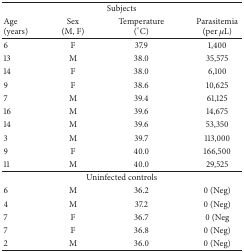
<table><thead><tr><td colspan="4"><b>Subjects</b></td></tr><tr><td><b>Age (years) </b></td><td><b>Sex (M, F) </b></td><td><b>Temperature (°C) </b></td><td><b>Parasitemia (per <i>μ</i>L) </b></td></tr></thead><tbody><tr><td>6</td><td>F</td><td>37.9</td><td>1,400</td></tr><tr><td>13</td><td>M</td><td>38.0</td><td>35,575</td></tr><tr><td>14</td><td>F</td><td>38.0</td><td>6,100</td></tr><tr><td>9</td><td>F</td><td>38.6</td><td>10,625</td></tr><tr><td>7</td><td>M</td><td>39.4</td><td>61,125</td></tr><tr><td>16</td><td>M</td><td>39.6</td><td>14,675</td></tr><tr><td>14</td><td>M</td><td>39.6</td><td>53,350 </td></tr><tr><td>3</td><td>M</td><td>39.7</td><td>113,000</td></tr><tr><td>9</td><td>F</td><td>40.0</td><td>166,500</td></tr><tr><td>11</td><td>M </td><td>40.0</td><td>29,525</td></tr><tr><td colspan="4">Uninfected controls</td></tr><tr><td>6</td><td>M</td><td>36.2</td><td>0 (Neg)</td></tr><tr><td>4</td><td>M</td><td>37.2</td><td>0 (Neg)</td></tr><tr><td>7</td><td>F</td><td>36.7</td><td>0 (Neg</td></tr><tr><td>7</td><td>F</td><td>36.8</td><td>0 (Neg)</td></tr><tr><td>2</td><td>M</td><td>36.0</td><td>0 (Neg) </td></tr></tbody></table>